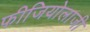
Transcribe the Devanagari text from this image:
फीजियोलाजी